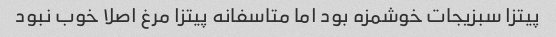
پیتزا سبزیجات خوشمزه بود اما متاسفانه پیتزا مرغ اصلا خوب نبود